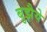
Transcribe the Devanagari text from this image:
बुझैये